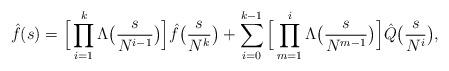
LaTeX: \begin{align*}\hat{f} (s) = \Big[\prod_{i=1}^k \Lambda \big(\frac{s}{N^{i-1}}\big)\Big] \hat{f}\big(\frac{s}{N^k}\big)+ \sum_{i=0}^{k-1} \Big[\prod_{m=1}^i\Lambda \big(\frac{s}{N^{m-1}}\big)\Big] \hat{Q}\big(\frac{s}{N^i}\big),\end{align*}